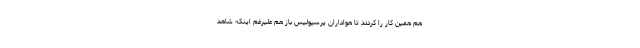
هم همین کار را کردند تا هواداران پرسپولیس باز هم علیرغم اینکه شاهد